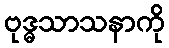
ဗုဒ္ဓသာသနာကို